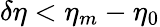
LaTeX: \delta\eta<\eta_{m}-\eta_{0}